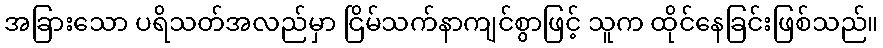
အခြားသော ပရိသတ်အလည်မှာ ငြိမ်သက်နာကျင်စွာဖြင့် သူက ထိုင်နေခြင်းဖြစ်သည်။